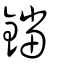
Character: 鐺